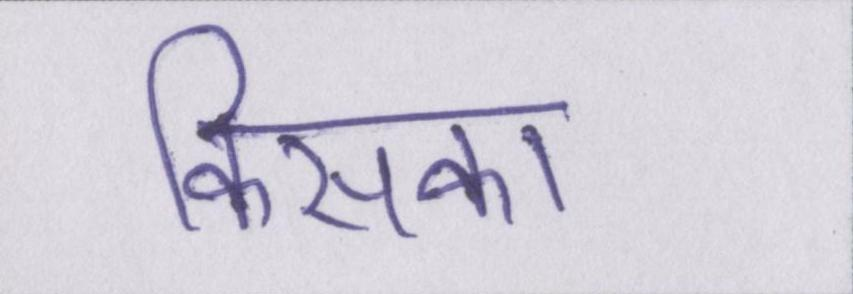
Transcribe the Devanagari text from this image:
किसका